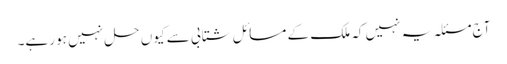
آج مسئلہ یہ نہیں کہ ملک کے مسائل شتابی سے کیوں حل نہیں ہو رہے۔